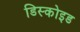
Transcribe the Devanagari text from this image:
डिस्कोइड